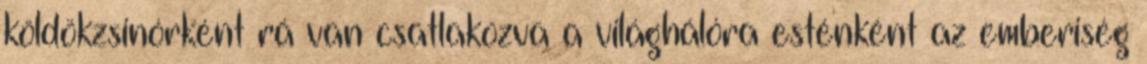
köldökzsinórként rá van csatlakozva a világhálóra esténként az emberiség